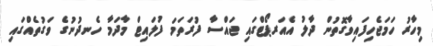
މިހާރު ހަމަޖެހިފައިވާގޮތުން ދާލު އެއަރޕޯޓްގައި ޖައްސާ ފުރަތަމަ ފުލައިޓް މާދަމާ ހެނދުނުގެ ވަގުތެއްގައި